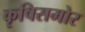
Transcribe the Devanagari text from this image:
कृषिसमोर